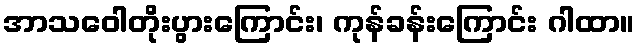
အာသဝေါတိုးပွားကြောင်း၊ ကုန်ခန်းကြောင်း ဂါထာ။